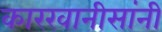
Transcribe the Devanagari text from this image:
कारखानीसांनी